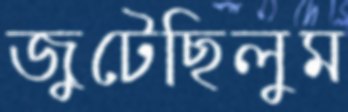
জুটেছিলুম